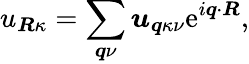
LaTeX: u_{\boldsymbol{R}\kappa}=\sum_{\boldsymbol{q}\nu}\boldsymbol{u}_{\boldsymbol{q}\kappa\nu}\mathrm{e}^{i\boldsymbol{q}\cdot\boldsymbol{R}},